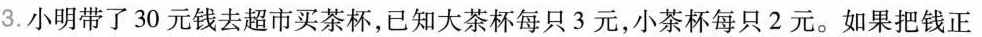
3.小明带了30元钱去超市买茶杯，已知大茶杯每只3元，小茶杯每只2元。如果把钱正